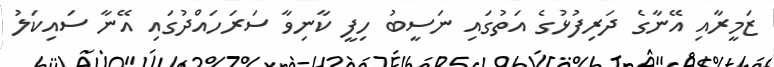
ޒަމީރާއި އޭނާގެ ދަރިފުޅުގެ އަތުގައި ނަސީބު ހިފީ ކާނިވާ ސަރަހައްދުގައި އޭނާ ސައިކަލު